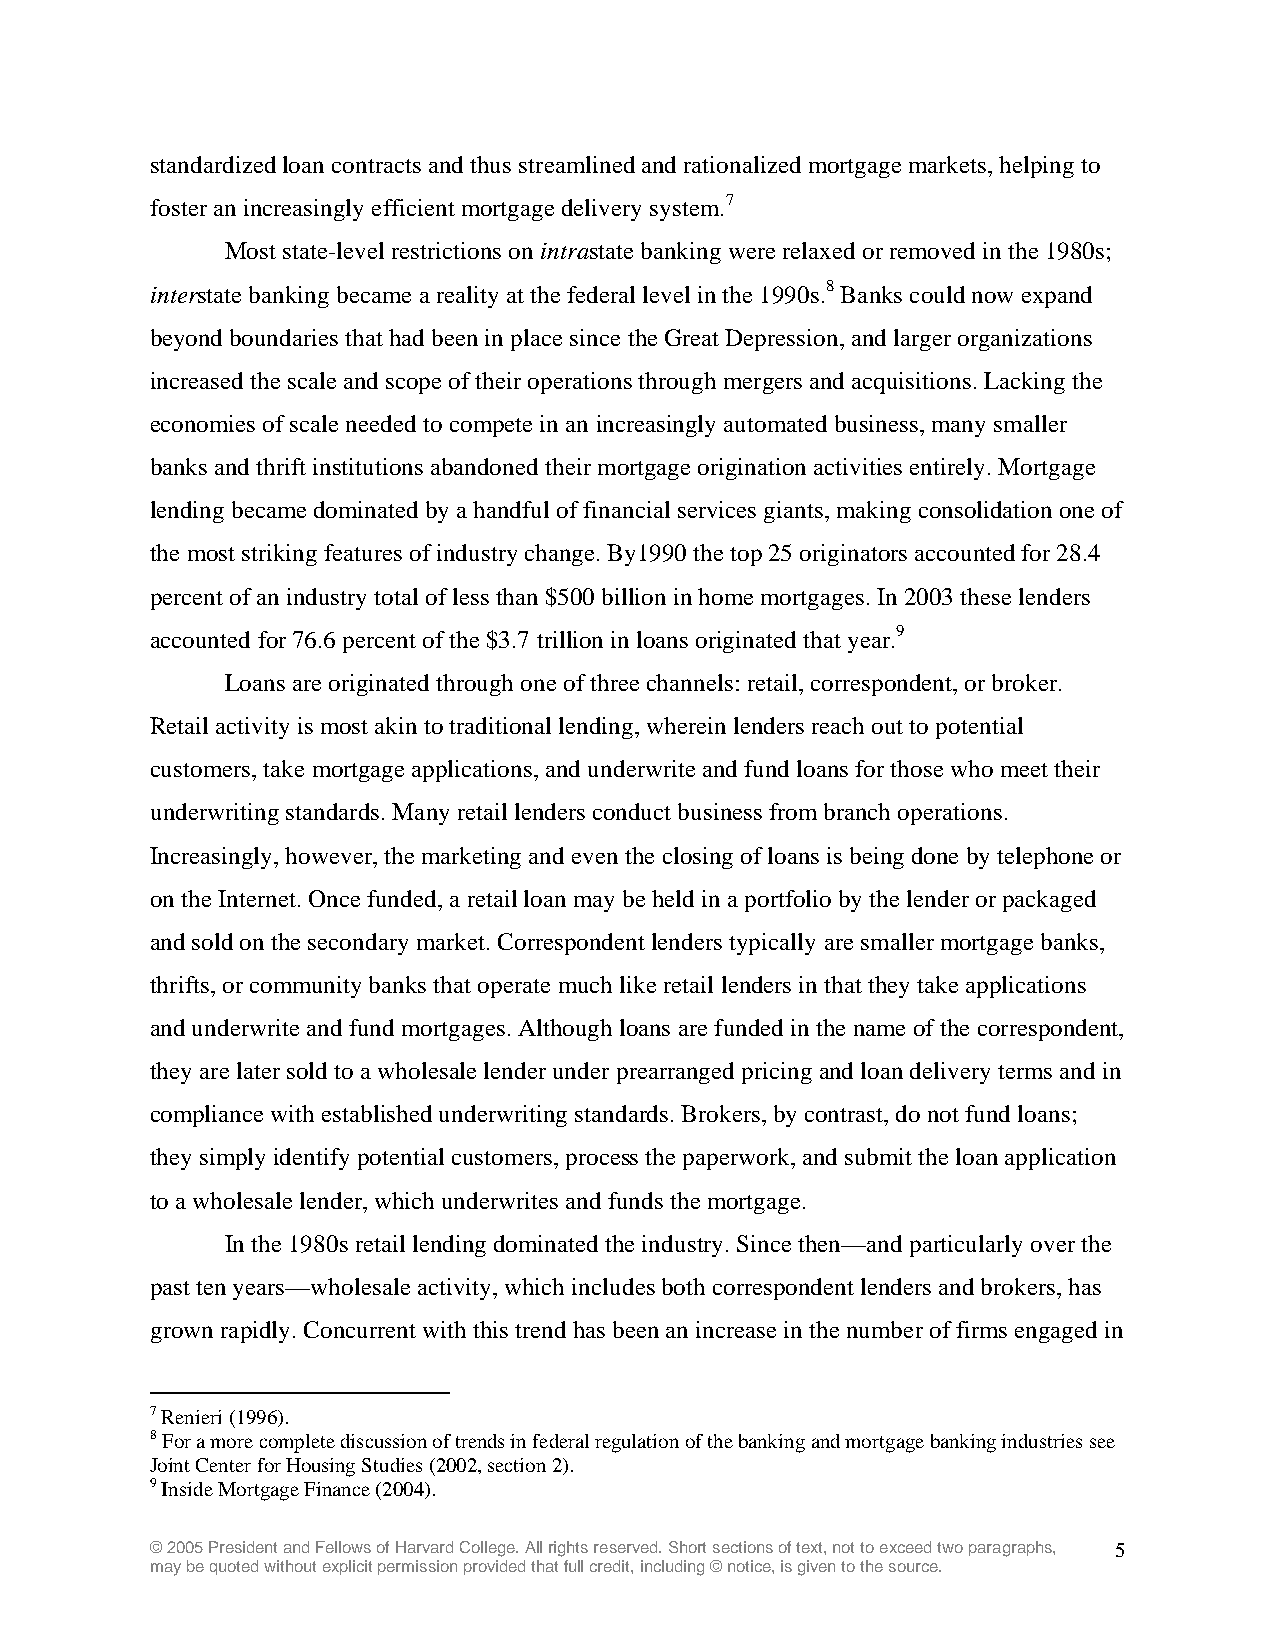
standardized loan contracts and thus streamlined and rationalized mortgage markets, helping to
 foster an increasingly efficient mortgage delivery system.7
 Most state-level restrictions on intrastate banking were relaxed or removed in the 1980s;
 interstate banking became a reality at the federal level in the 1990s.8 Banks could now expand
 beyond boundaries that had been in place since the Great Depression, and larger organizations
 increased the scale and scope of their operations through mergers and acquisitions. Lacking the
 economies of scale needed to compete in an increasingly automated business, many smaller
 banks and thrift institutions abandoned their mortgage origination activities entirely. Mortgage
 lending became dominated by a handful of financial services giants, making consolidation one of
 the most striking features of industry change. By1990 the top 25 originators accounted for 28.4
 percent of an industry total of less than $500 billion in home mortgages. In 2003 these lenders
 accounted for 76.6 percent of the $3.7 trillion in loans originated that year.9
 Loans are originated through one of three channels: retail, correspondent, or broker.
 Retail activity is most akin to traditional lending, wherein lenders reach out to potential
 customers, take mortgage applications, and underwrite and fund loans for those who meet their
 underwriting standards. Many retail lenders conduct business from branch operations.
 Increasingly, however, the marketing and even the closing of loans is being done by telephone or
 on the Internet. Once funded, a retail loan may be held in a portfolio by the lender or packaged
 and sold on the secondary market. Correspondent lenders typically are smaller mortgage banks,
 thrifts, or community banks that operate much like retail lenders in that they take applications
 and underwrite and fund mortgages. Although loans are funded in the name of the correspondent,
 they are later sold to a wholesale lender under prearranged pricing and loan delivery terms and in
 compliance with established underwriting standards. Brokers, by contrast, do not fund loans;
 they simply identify potential customers, process the paperwork, and submit the loan application
 to a wholesale lender, which underwrites and funds the mortgage.
 In the 1980s retail lending dominated the industry. Since then—and particularly over the
 past ten years—wholesale activity, which includes both correspondent lenders and brokers, has
 grown rapidly. Concurrent with this trend has been an increase in the number of firms engaged in
 7 Renieri (1996).
 8 For a more complete discussion of trends in federal regulation of the banking and mortgage banking industries see
 Joint Center for Housing Studies (2002, section 2).
 9 Inside Mortgage Finance (2004).
 © 2005 President and Fellows of Harvard College. All rights reserved. Short sections of text, not to exceed two paragraphs, 5
 may be quoted without explicit permission provided that full credit, including © notice, is given to the source.